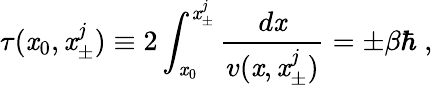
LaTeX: \tau(\mathit{x}_{0},\mathit{x}_{\pm}^{j})\equiv2\int_{\mathit{x}_{0}}^{\mathit{x}_{\pm}^{j}}\frac{{d\mathit{x}}}{{v(\mathit{x},\mathit{x}_{\pm}^{j})}}=\pm\beta\hbar\; ,